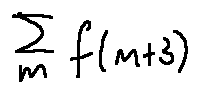
\sum \limits _ { m } f ( m + 3 )